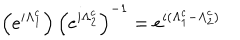
\left( e ^ { i \Lambda _ { 1 } ^ { c } } \right) \left( e ^ { i \Lambda _ { 2 } ^ { c } } \right) ^ { - 1 } = e ^ { i ( \Lambda _ { 1 } ^ { c } - \Lambda _ { 2 } ^ { c } ) }